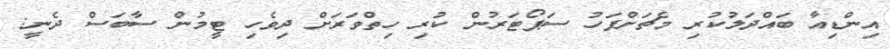
އިންޑިއާ ބައްދަލުކުރި މެޗަށްފަހު ސަޕޯޓަރުން ކުރި ހިތްވަރަށް ދިވެހި ޓީމުން ސާބަސް ދެނީ: